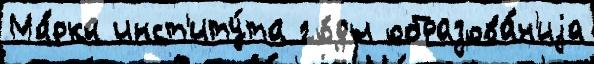
Ма́рка инст'иту́та го́ды образова́н'иjа